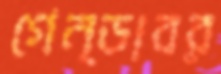
গেন্ডাবর